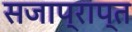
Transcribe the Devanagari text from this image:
सजाप्राप्त